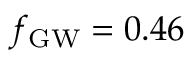
\ensuremath { f _ { \mathrm { G W } } } = 0 . 4 6